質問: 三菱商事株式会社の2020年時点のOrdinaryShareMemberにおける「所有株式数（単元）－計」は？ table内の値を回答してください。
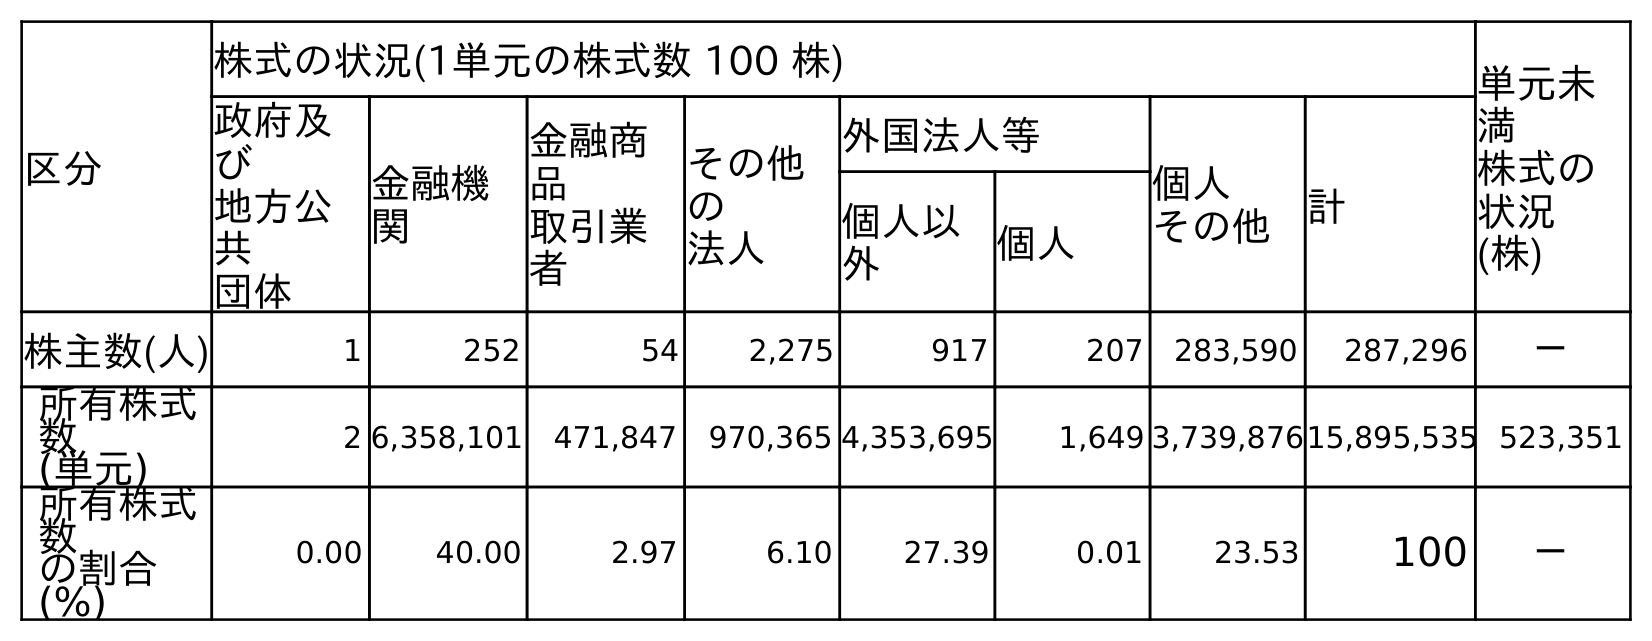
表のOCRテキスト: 区分 株式の状況(1単元の株式数 100 株) 単元未 満 株式の 状況 (株) 政府及 び 地方公 共 団体 金融機 関 金融商 品 取引業 者 その他 の 法人 外国法人等 個人 その他 計 個人以 外 個人 株主数(人) 1 252 54 2,275 917 207 283,590 287,296 － 所有株式 数 (単元) 2 6,358,101 471,847 970,365 4,353,695 1,649 3,739,87615,895,535 523,351 所有株式 数 の割合 (%) 0.00 40.00 2.97 6.10 27.39 0.01 23.53 100 －
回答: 15,895,535